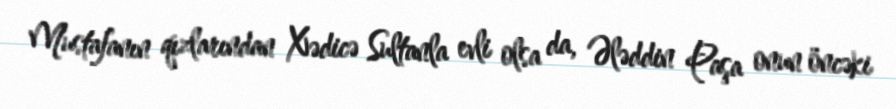
Mustafanın qızlarından Xədicə Sultanla evli olsa da, Ələddin Paşa onun öncəki